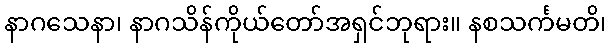
နာဂသေနာ၊ နာဂသိန်ကိုယ်တော်အရှင်ဘုရား။ နစသင်္ကမတိ၊